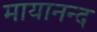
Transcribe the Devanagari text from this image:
मायानन्द